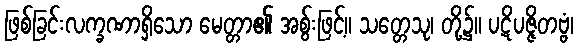
ဖြစ်ခြင်းလက္ခဏာရှိသော မေတ္တာ၏ အစွ်းဖြင့်။ သတ္တေသု၊ တို့၌။ ပဋိပဇ္ဇိတဗ္ဗံ၊